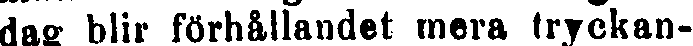
dag blir förhållandet mera tryckan-